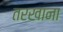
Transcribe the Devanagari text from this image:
तरखाना